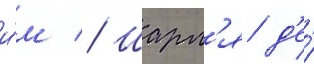
и́м // Шарл'я д'е́